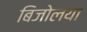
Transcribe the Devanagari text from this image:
बिजोलया